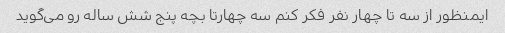
ایمنظور از سه تا چهار نفر فکر کنم سه چهارتا بچه پنج شش ساله رو می‌گوید